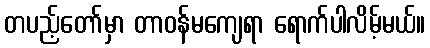
တပည့်တော်မှာ တာဝန်မကျေရာ ရောက်ပါလိမ့်မယ်။